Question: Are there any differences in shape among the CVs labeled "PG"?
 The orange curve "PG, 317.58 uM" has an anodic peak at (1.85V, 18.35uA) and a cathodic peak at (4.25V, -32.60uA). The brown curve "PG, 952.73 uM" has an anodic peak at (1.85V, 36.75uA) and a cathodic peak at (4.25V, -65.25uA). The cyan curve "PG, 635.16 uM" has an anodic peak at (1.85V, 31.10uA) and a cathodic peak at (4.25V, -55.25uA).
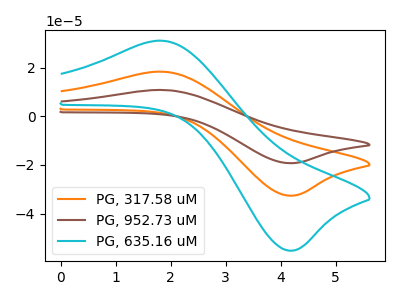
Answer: <think>All the peaks in "PG, 317.58 uM" have a peak in "PG, 952.73 uM" at the same potential. Every peak in "PG, 317.58 uM" is lower than every peak in "PG, 952.73 uM". All the peaks in "PG, 317.58 uM" have a peak in "PG, 635.16 uM" at the same potential. Every peak in "PG, 317.58 uM" is lower than every peak in "PG, 635.16 uM". All the peaks in "PG, 952.73 uM" have a peak in "PG, 635.16 uM" at the same potential. Every peak in "PG, 952.73 uM" is higher than every peak in "PG, 635.16 uM".
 </think>
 <answer>All the CV's of "PG" have similar shape.</answer>
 <eval>follow_rule</eval>